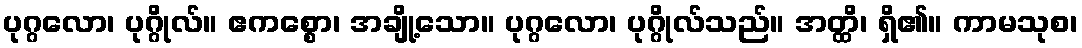
ပုဂ္ဂလော၊ ပုဂ္ဂိုလ်။ ဧကစ္စော၊ အချို့သော။ ပုဂ္ဂလော၊ ပုဂ္ဂိုလ်သည်။ အတ္ထိ၊ ရှိ၏။ ကာမသုစ၊